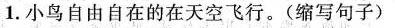
1.小鸟自由自在的在天空飞行。(缩写句子)